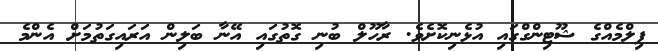
ފިލްމެއްގެ ޝޫޓިންގްގައި އުޅެނިކޮށެވެ. ރާހޫލް ބުނި ގޮތުގައި އޭނާ ބަލިން އަރައިގަތުމަށް އެންމެ